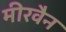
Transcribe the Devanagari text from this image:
मीरवैन